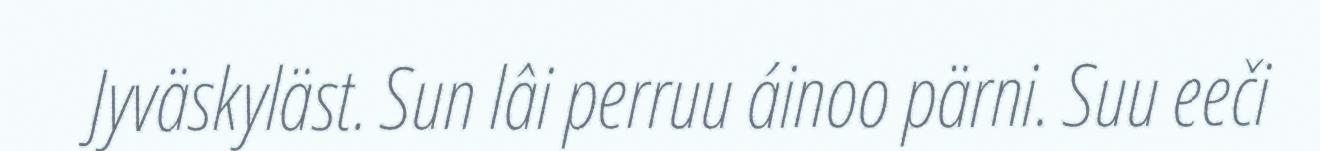
Jyväskyläst. Sun lâi perruu áinoo pärni. Suu eeči